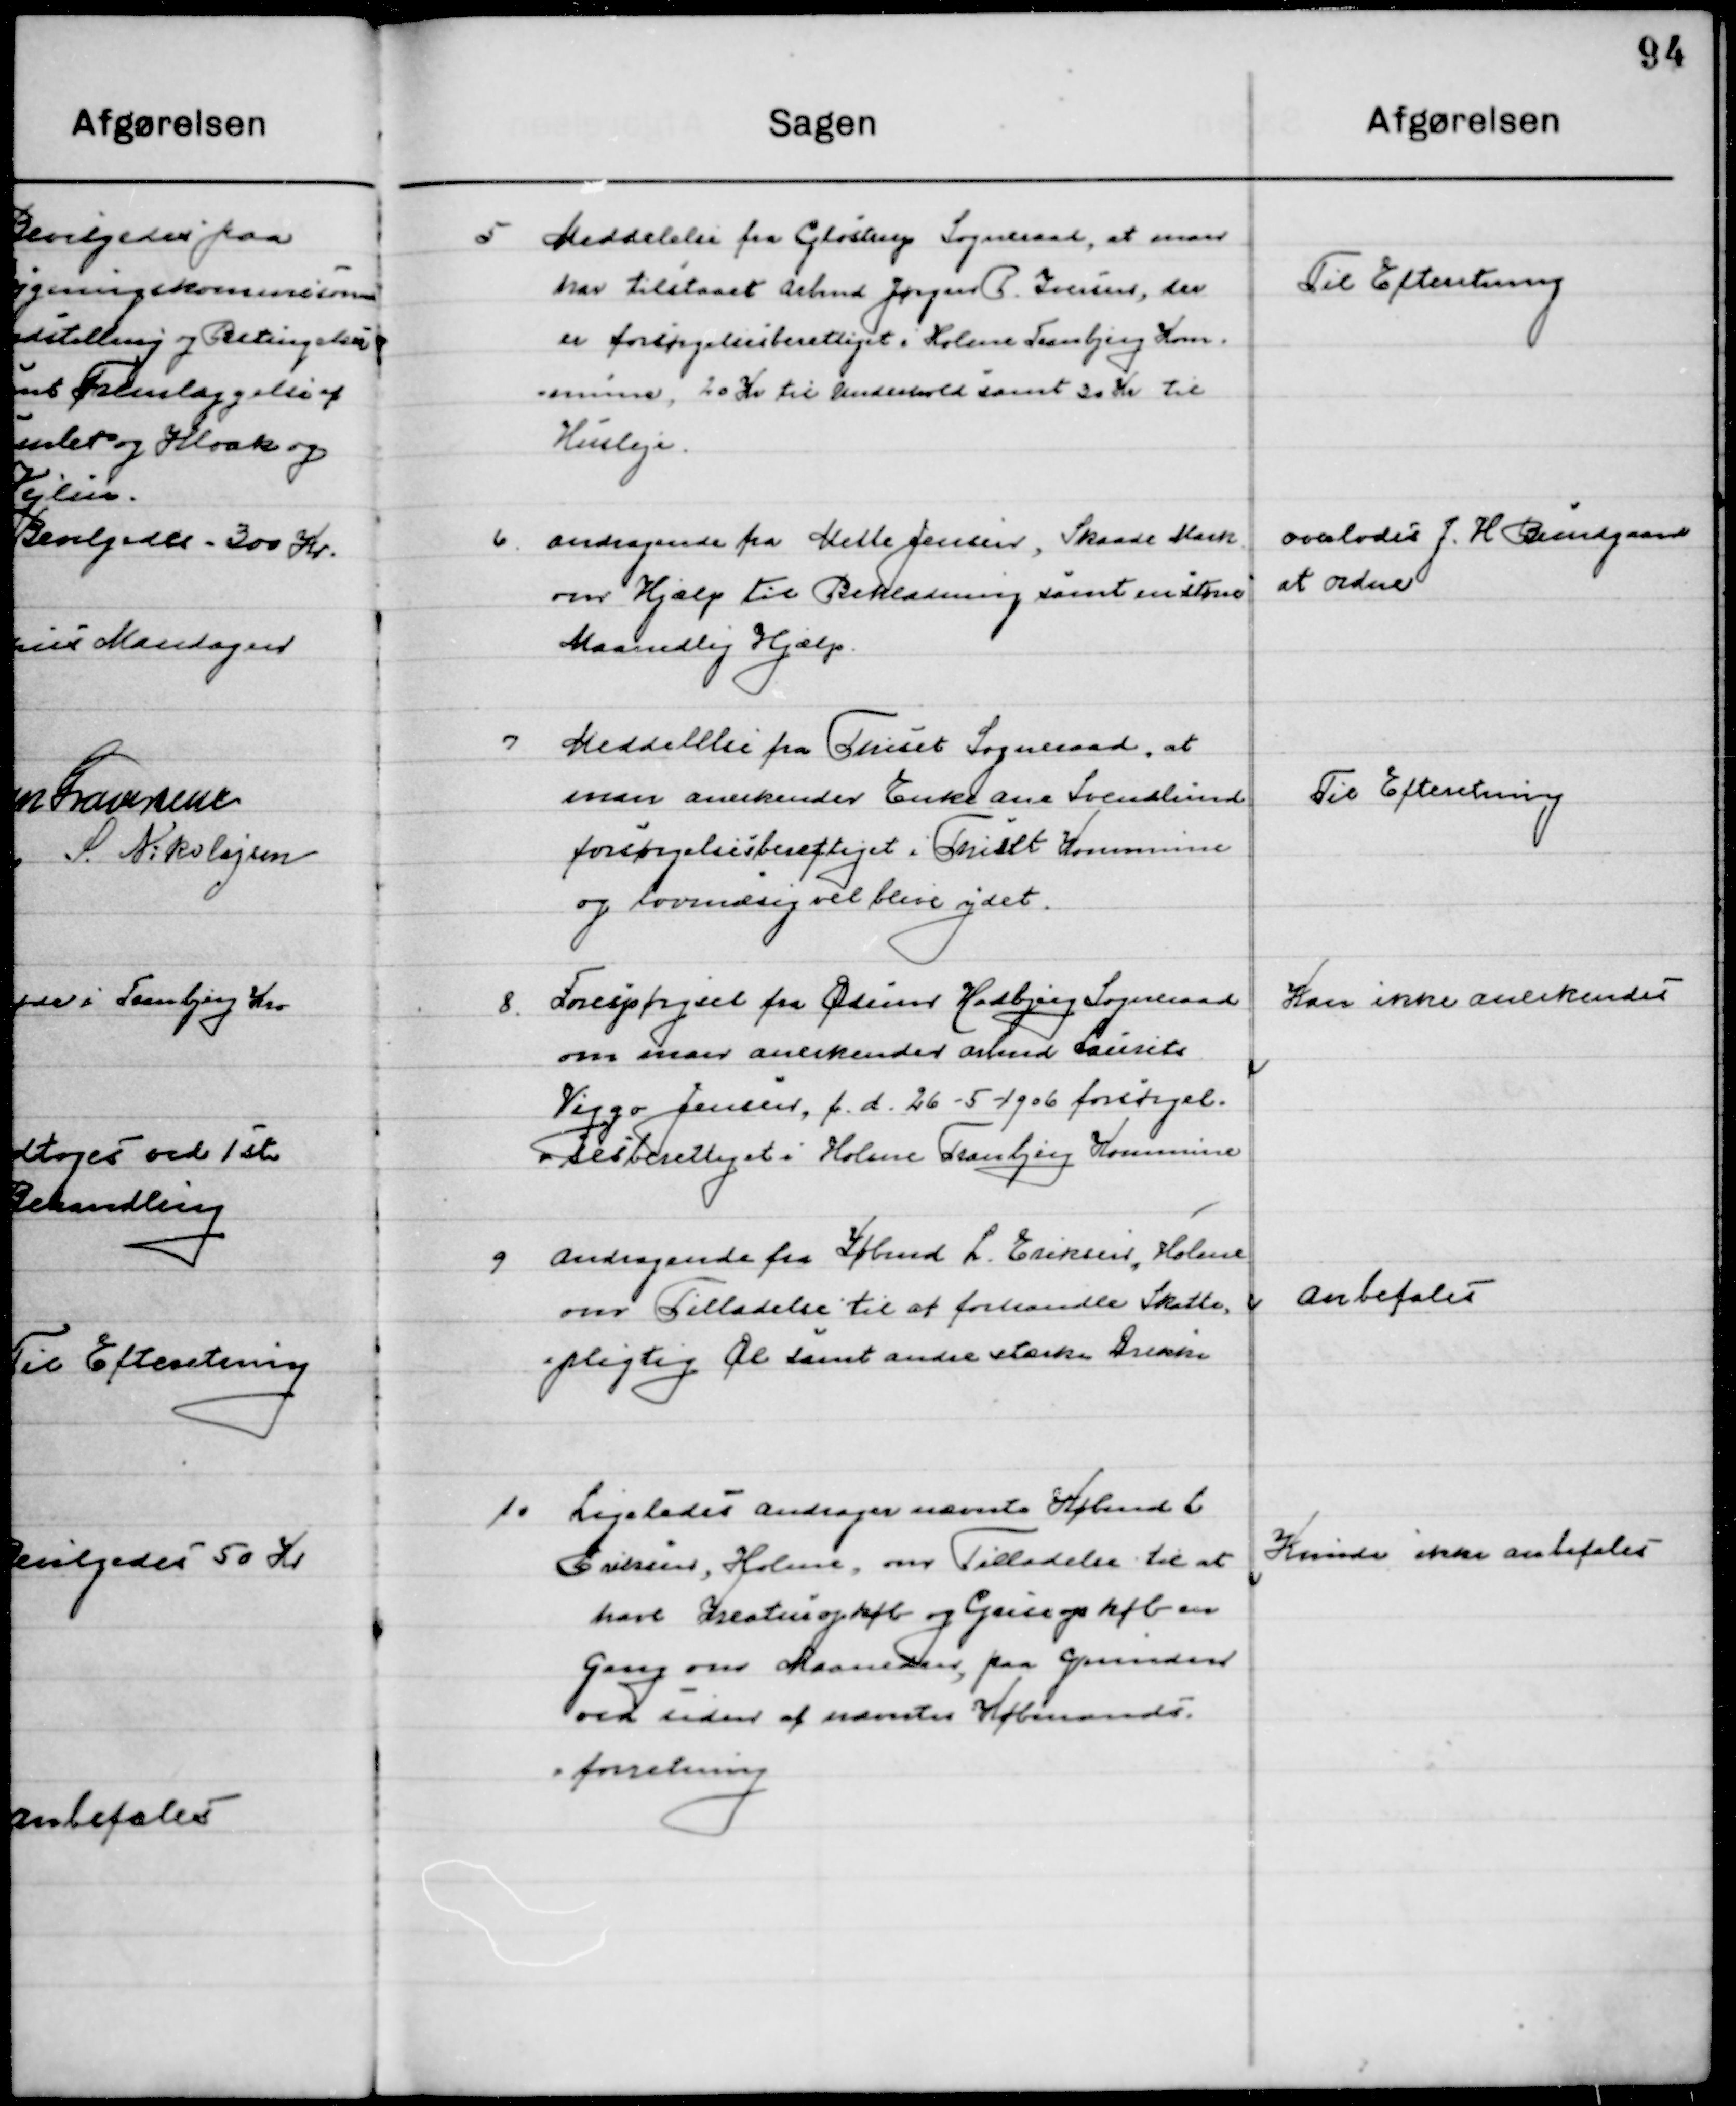
Transskription:
5

Meddelelse fra Glostrup Sogneraad, at man 
har tilstaaet Arbmd. Jørgen P. Iversen, der
er forsørgelsesberettiget i Holme Tranbjerg Kom-
mune, 20 Kr. til Underhold samt 30 Kr. til  	
Husleje.

Til Efterretning

6

Andragende fra Mette Jensen, Skaade Mark
om Hjælp til Beklædning samt en større
Maanedlig hjælp.

Overlodes J. H. Bundgaard 
at ordne

7

Meddelelse fra Thiset Sogneraad, at
man anerkender Enke Ana Svendlund
forsørgelsesberettiget i Thiset Kommune 
og lovmæssig vil blive ydet.

Til Efterretning

8

Forespørgsel fra Ørting Hadbjerg Sogneraad
om man anerkender Arbmd. Laurits 
Viggo Jensen, f. d. 26-5-1906 forsørgel-
sesberettiget i Holme Tranbjerg Kommune.

Kan ikke anerkendes

9

Andragende fra Købmd. L Eriksen, Holme, 
om Tilladelse til at forhandle Skatte
pligtig Øl samt andre stærke Drikke.

Anbefales

10

Ligeledes andrager nævnte Købmand L.
Eriksen, Holme, om Tilladelse til at
have Kreaturopkøb og Griseopkøb en
gang om Maaneden, paa grunden
ved siden af nævnte Købmands-
forretning.

Kunde ikke anbefales